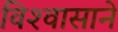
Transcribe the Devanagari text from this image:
विश्‍वासाने